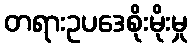
တရားဥပဒေစိုးမိုးမှု